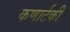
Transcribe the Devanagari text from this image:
कणार्टकी